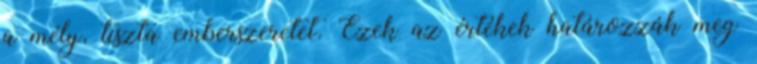
a mély, tiszta emberszeretet. Ezek az értékek határozzák meg